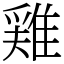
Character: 𨿸